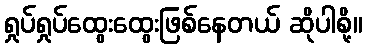
ရှုပ်ရှုပ်ထွေးထွေးဖြစ်နေတယ် ဆိုပါစို့။